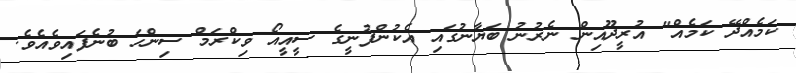
ކަމެއްދޭ ކަމެއް" އުރީދޫއިން ނެރުނު ބަޔާނުގައި އެކުންފުނީގެ ސީއީއޯ ވިކްރަމް ސިންހަ ބުނެފައިވެއެވެ.